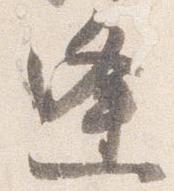
逢